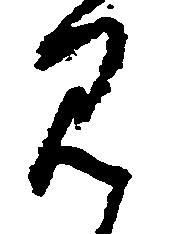
見